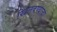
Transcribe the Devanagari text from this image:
खिलवण्याचा